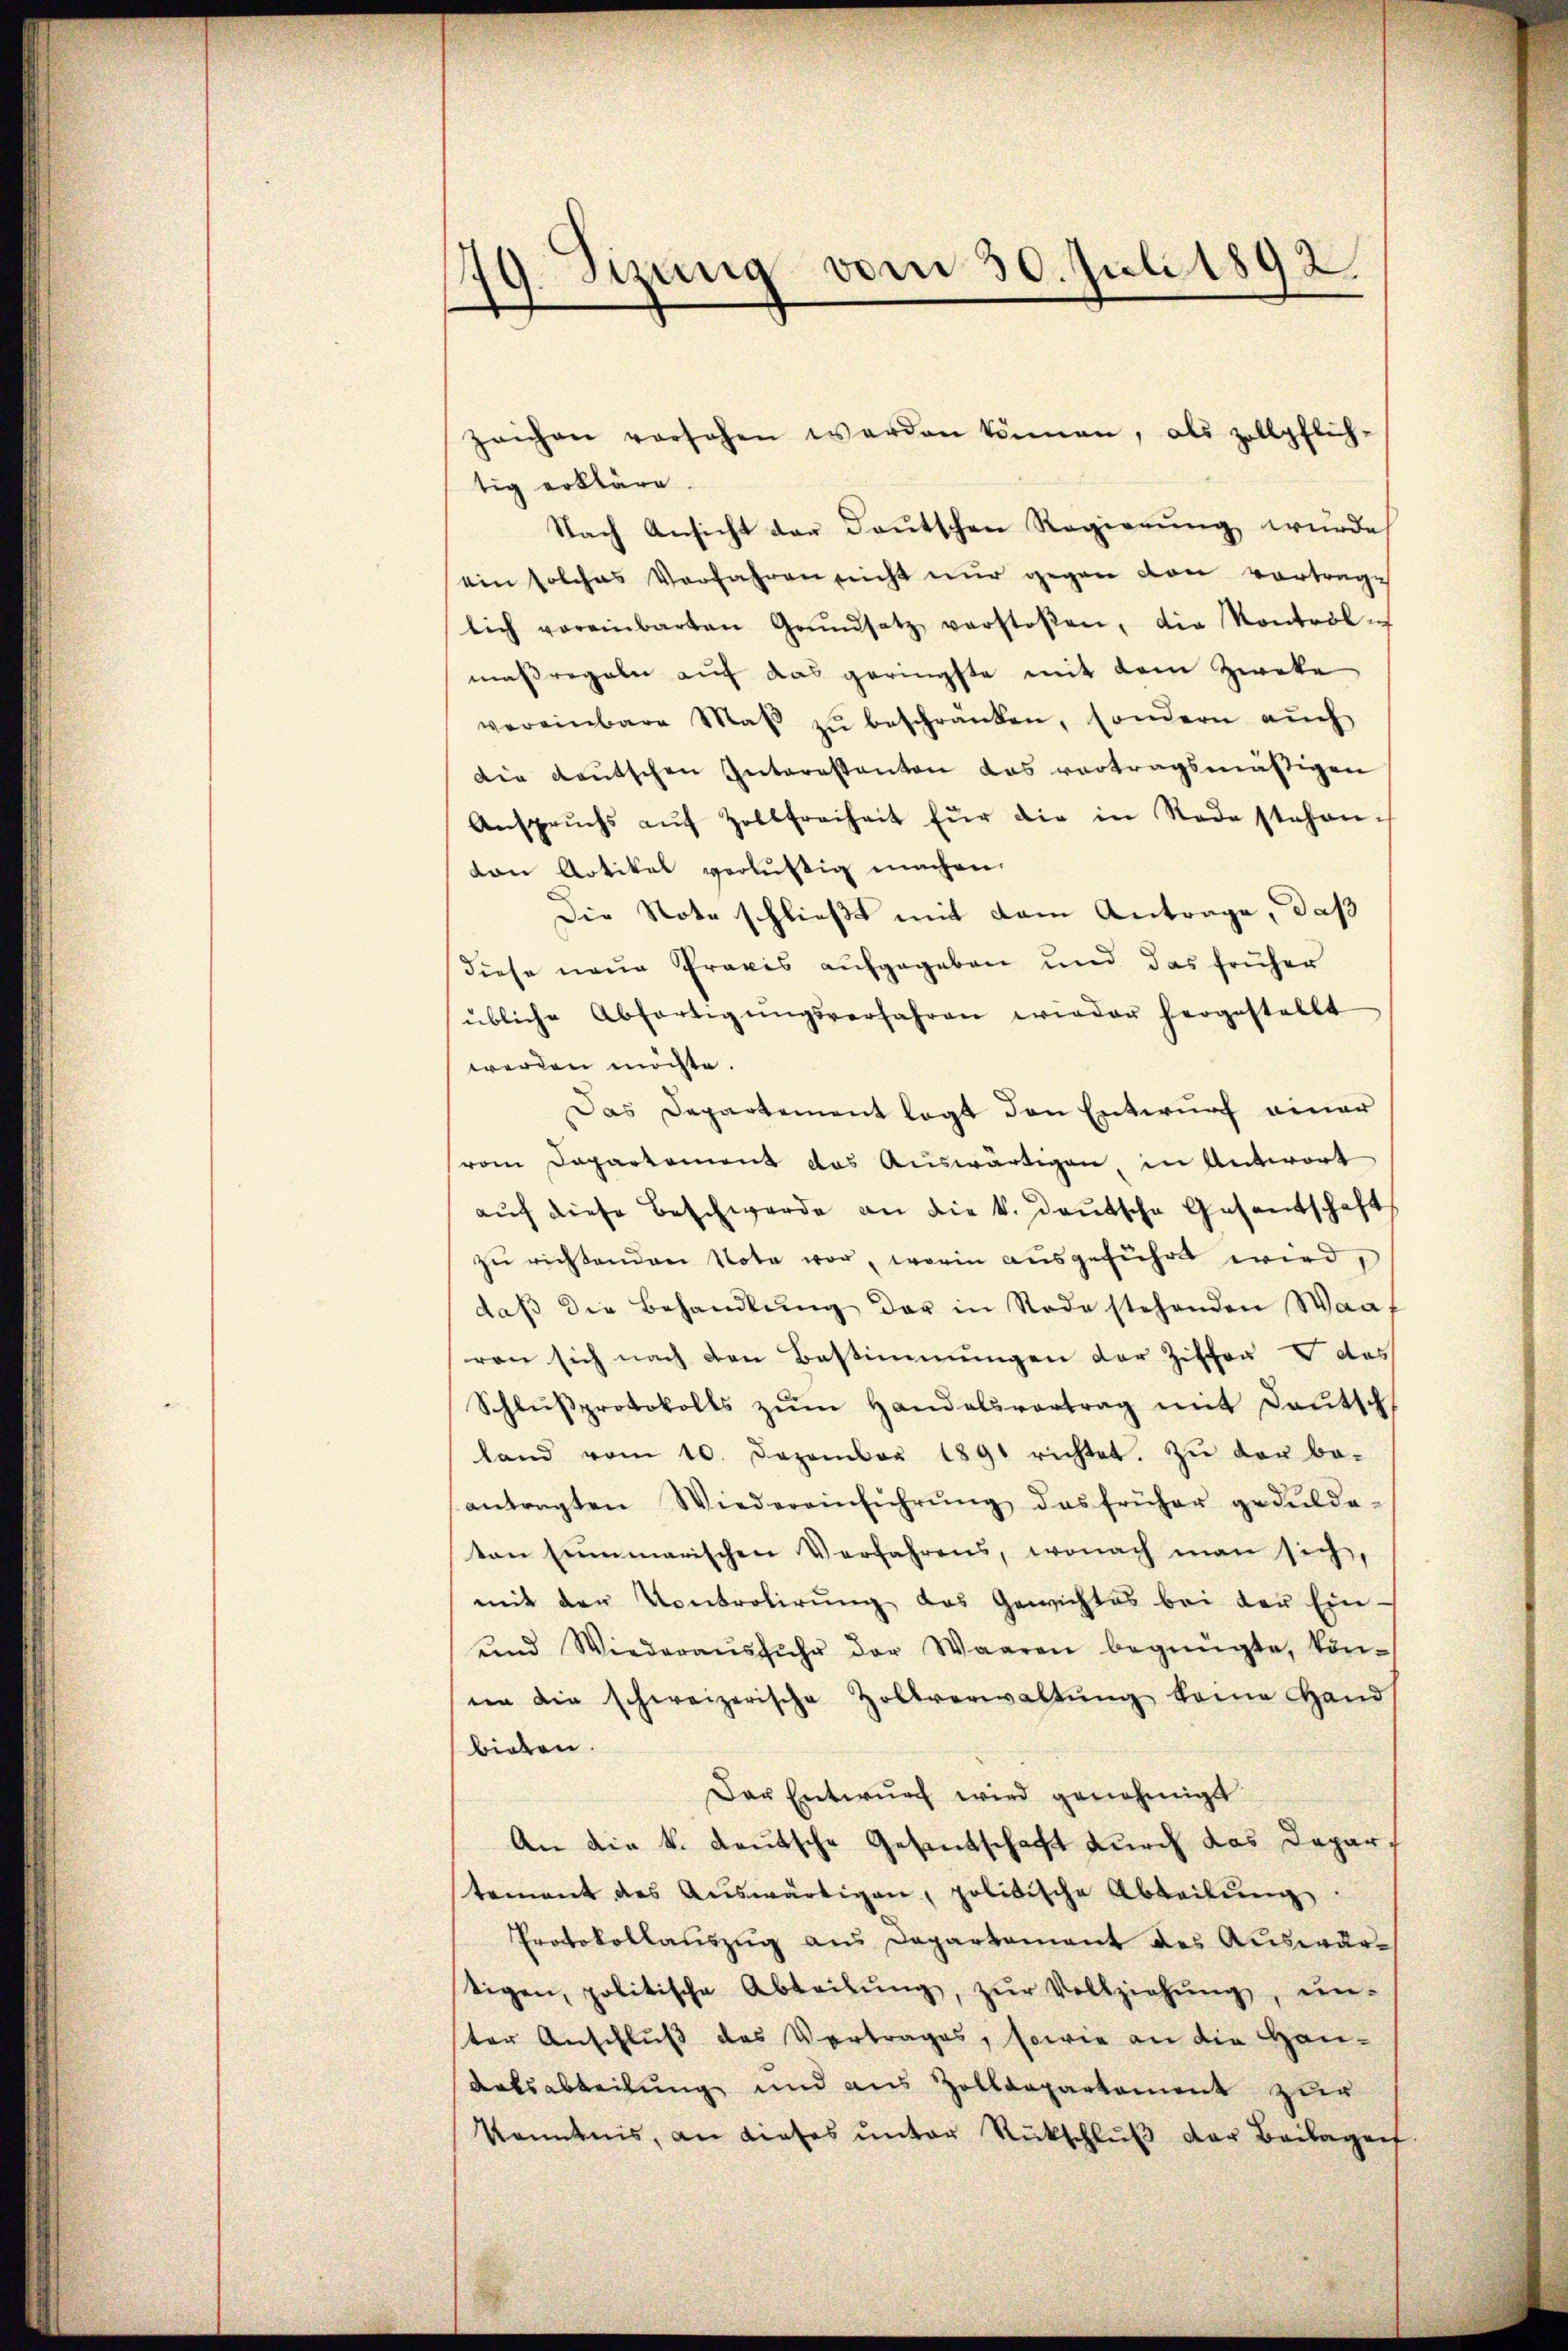
9. Sizung vom 30. Juli 1892.
d
¬

zeichen versehen werden können, als zollpflich-
tig erkläre.
Nach Ansicht der Deutschen Regierŭng wurde
ein solches Verfahren nicht nur gegen von vortrage
lich voreinbarten Grŭndsatz verstoßen, die Kontrol-
maßregeln auch das geringste mit dem Zweke
vereinbare Maβ zŭ beschränken, sondern aŭch
die deŭtschen Interessanten das vortragsmäßigen
Anspruchs aŭf Zollfreiheit für die in Tode stehen-
von Artikel verlustig machen.
Die Note schließt mit dem Antrage, daß
diese neue Praxis aufgegeben und das früher
übliche Abfertigŭngsverfahren wieder hergestellt
werden möchte.
Das Departement legt den Entwurf einer
vom Departement das Auswärtigen in Antwort
auf diese Beschwerde an die k. Deutsche Gesantschaft
zu richtenden Note vor, worin ausgeführt wird,
daβ die Behandlŭng der in Rode stehenden Waa
ren sich nach den Bestimmungen der Ziffer & des
Schlŭssprotokolls zŭm Handelsvertrag mit Deutsch
land vom 10. Dezember 1891 richtet. Zŭ der be-
antragten Wiedereinführŭng des früher gedulde-
ton summarischen Verfahrens, wonach man sich,
mit der Kontrolirung das Gewichtes bei der Ein-
und Wiederaŭsfŭhr der Waaren begnügte, kön-
in die schweizerische Zollverwaltŭng keine Hand
bieten.
Der Entwŭrf wird genehmigt
An die k. Lautsche Gesantschaft durch das Departement des Aŭswärtigen, politische Abteilŭng
Protokollauszug aus Departement des Auswärtigen, politische Abteilŭng, zŭr Vollziehŭng, ein-
ter Anschluß des Vortrages, sowie an die Han-
Ratsabteilung und aus Zolldepartement zur
Kenntnis, an dieses unter Rückschluß der Beilagen